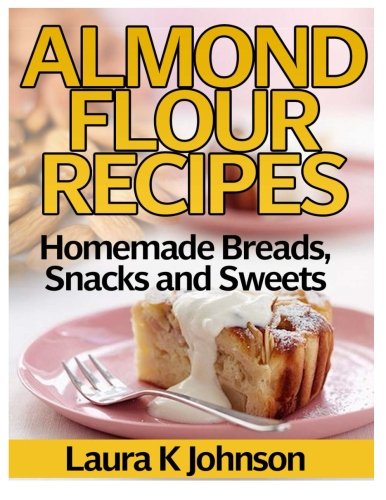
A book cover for Almond Flour Recipes: Homemade Breads, Snacks and Sweets; Laura K Johnson; Cookbooks, Food & Wine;